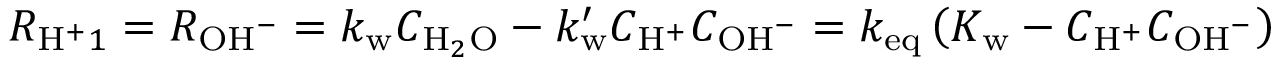
R _ { \mathrm { H } ^ { + } 1 } = R _ { \mathrm { O H } ^ { - } } = k _ { \mathrm { w } } C _ { \mathrm { H } _ { 2 } \mathrm { O } } - k _ { \mathrm { w } } ^ { \prime } C _ { \mathrm { H } ^ { + } } C _ { \mathrm { O H } ^ { - } } = k _ { \mathrm { e q } } \left( K _ { \mathrm { w } } - C _ { \mathrm { H } ^ { + } } C _ { \mathrm { O H } ^ { - } } \right)